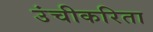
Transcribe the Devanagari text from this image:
उंचीकरिता